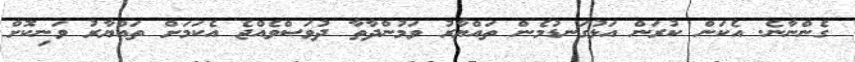
ގެންނާނެ. އެކަން ކުރަން އަޅުގަނޑުމެން ތައްޔާރު ވަމުންދާތާ ދުވަސްވެއްޖެ އެކަމަށް ތައްޔާރު ވަނިކޮށް